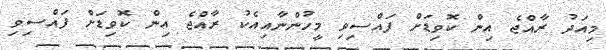
މިއަދު ރާއްޖެ އިން ކޮވިޑަށް ފައްސިވި މީހުންނާއިއެކު ރާއްޖެ އިން ކޮވިޑަށް ފައްސިވި